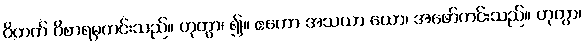
ဝိတက် ဝိစာရမှကင်းသည်။ ဟုတွာ၊ ၍။ ဧကော အသယာ ယော၊ အဖော်ကင်းသည်။ ဟုတွာ၊